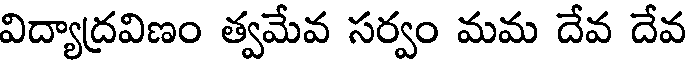
విద్యాద్రవిణం త్వమేవ సర్వం మమ దేవ దేవ